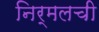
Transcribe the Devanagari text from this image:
निर्मलची